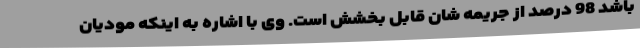
باشد 98 درصد از جریمه شان قابل بخشش است. وی با اشاره به اینکه مودیان